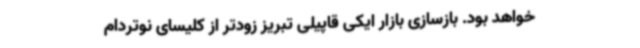
خواهد بود. بازسازی بازار ایکی قاپیلی تبریز زودتر از کلیسای نوتردام